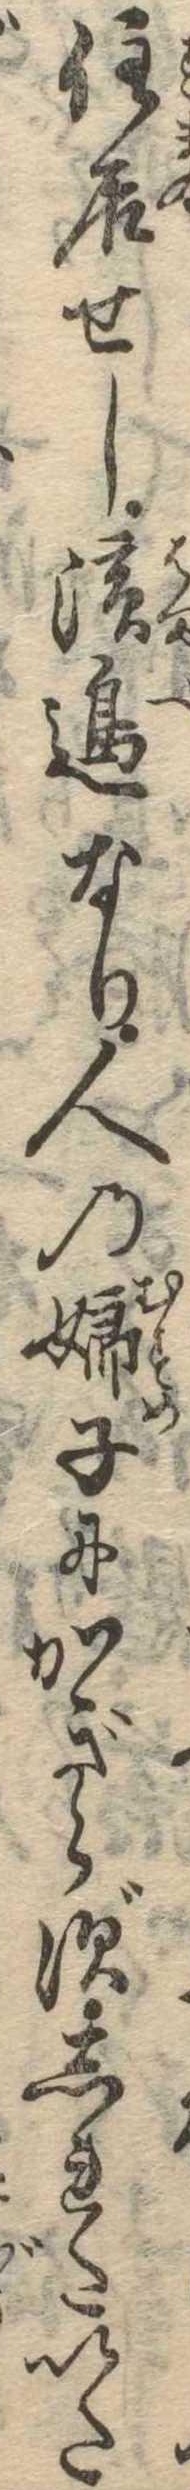
住居せし浜辺なり人の娘子にかぎらずしれたいた